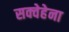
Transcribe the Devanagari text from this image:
सक्वेहेना